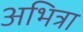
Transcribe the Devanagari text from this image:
अभित्रा